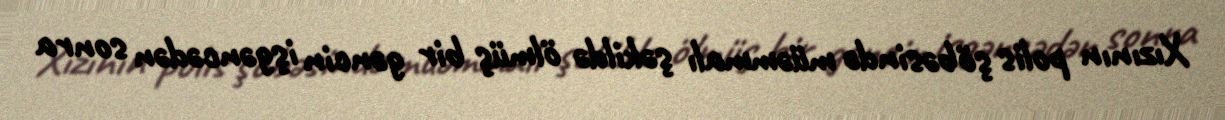
Xızının polis şöbəsində müəmmalı şəkildə ölmüş bir gəncin işgəncədən sonra